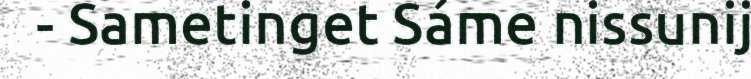
- Sametinget Sáme nissunij